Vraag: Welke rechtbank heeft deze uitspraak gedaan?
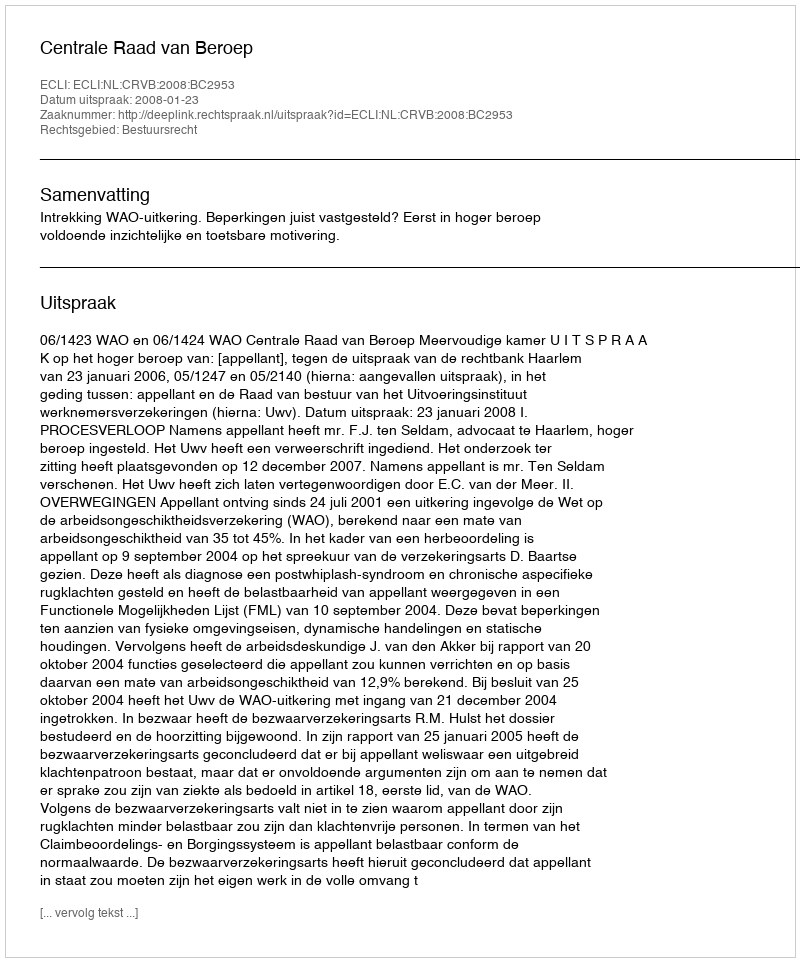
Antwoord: Centrale Raad van Beroep